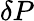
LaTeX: \delta P